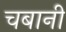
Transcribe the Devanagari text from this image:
चबानी